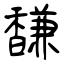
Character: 馦